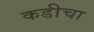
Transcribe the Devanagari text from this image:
कडीचा